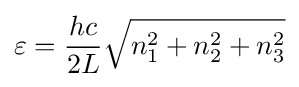
\varepsilon ={\frac {hc}{2L}}{\sqrt {n_{1}^{2}+n_{2}^{2}+n_{3}^{2}}}